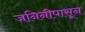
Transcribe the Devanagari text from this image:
जनिनीपासून